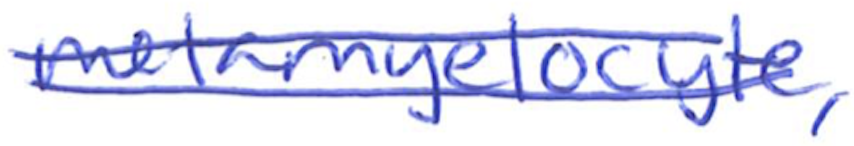
Text: metamyelocyte,
Cross-out: double-line
Writing tool: ballpoint